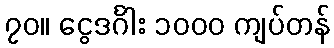
၇၀။ ငွေဒင်္ဂါး ၁၀၀၀ ကျပ်တန်